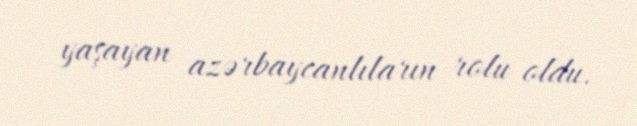
yaşayan azərbaycanlıların rolu oldu.